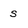
Character: s